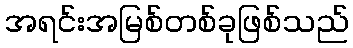
အရင်းအမြစ်တစ်ခုဖြစ်သည်